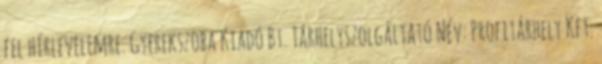
fel hírlevelemre. Gyerekszoba Kiadó Bt. Tárhelyszolgáltató Név: Profitárhely Kft.